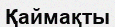
Қаймақты